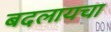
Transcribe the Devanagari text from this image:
बदलायचा